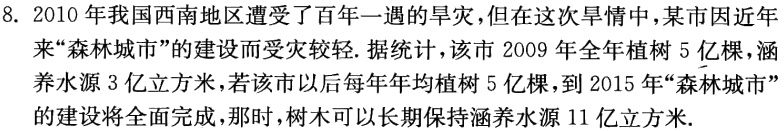
8. 2010 年我国西南地区遭受了百年一遇的旱灾，但在这次旱情中，某市因近年来“森林城市”的建设而受灾较轻. 据统计，该市 2009 年全年植树 5 亿棵，涵养水源 3 亿立方米，若该市以后每年年均植树 5 亿棵，到 2015 年“森林城市”的建设将全面完成，那时，树木可以长期保持涵养水源 11 亿立方米.